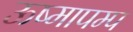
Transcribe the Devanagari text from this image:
ऊष्मापम्प